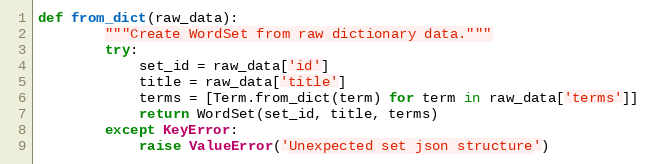
Language: Python
def from_dict(raw_data):
        """Create WordSet from raw dictionary data."""
        try:
            set_id = raw_data['id']
            title = raw_data['title']
            terms = [Term.from_dict(term) for term in raw_data['terms']]
            return WordSet(set_id, title, terms)
        except KeyError:
            raise ValueError('Unexpected set json structure')